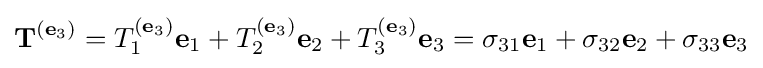
\mathbf {T} ^{(\mathbf {e} _{3})}=T_{1}^{(\mathbf {e} _{3})}\mathbf {e} _{1}+T_{2}^{(\mathbf {e} _{3})}\mathbf {e} _{2}+T_{3}^{(\mathbf {e} _{3})}\mathbf {e} _{3}=\sigma _{31}\mathbf {e} _{1}+\sigma _{32}\mathbf {e} _{2}+\sigma _{33}\mathbf {e} _{3}